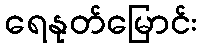
ရေနုတ်မြောင်း